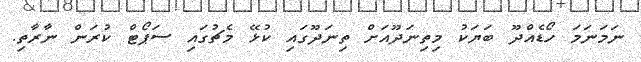
ނަމަނަމަ ހޯޑެއްްދޫ ބަޔަކު މިތިނަދޫއަށް ތިނަދޫގައި ކުޅޭ މެޗުގައި ސަޕޯޓް ކުރަން ނާރާތި.